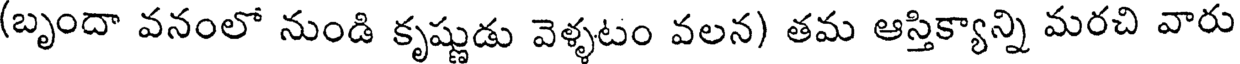
(బృందా వనంలో నుండి కృష్ణుడు వెళ్ళటం వలన) తమ ఆస్తిక్యాన్ని మరచి వారు